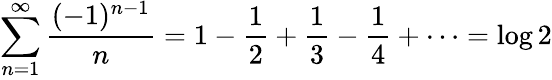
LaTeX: \sum_{n=1}^{\infty}{\frac{(-1)^{n-1}}{n}}=1-{\frac{1}{2}}+{\frac{1}{3}}-{\frac{1}{4}}+\cdots=\log 2